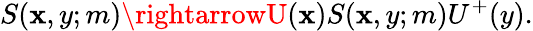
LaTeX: S(\mathbf{x},y;m)\rightarrowU(\mathbf{x})S(\mathbf{x},y;m)U^{+}(y).